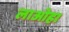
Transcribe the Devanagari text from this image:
लाओहा